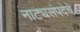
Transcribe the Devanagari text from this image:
नाट्यसंपदेचे